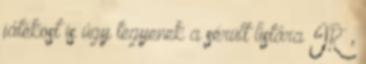
játékost is úgy tegyenek a sérült listára IR ,